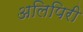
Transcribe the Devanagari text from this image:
अलिपिरी